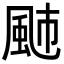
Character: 𩖭